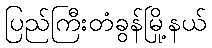
ပြည်ကြီးတံခွန်မြို့နယ်